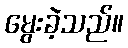
မွေးခဲ့သည်။